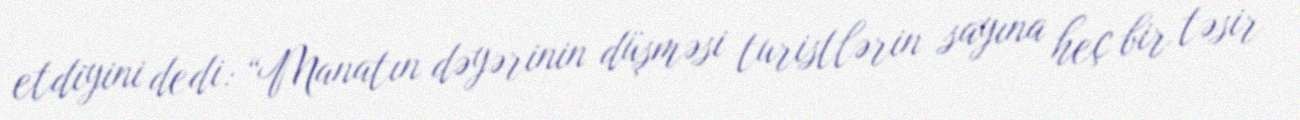
etdiyini dedi: “Manatın dəyərinin düşməsi turistlərin sayına heç bir təsir